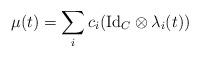
LaTeX: \begin{align*}\mu(t) = \sum_{i} c_i(\mathrm{Id}_{C}\otimes \lambda_i(t))\end{align*}